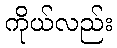
ကိုယ်လည်း